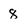
Character: 8